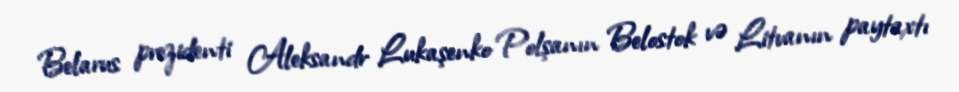
Belarus prezidenti Aleksandr Lukaşenko Polşanın Belostok və Litvanın paytaxtı